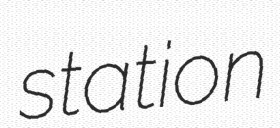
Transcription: station